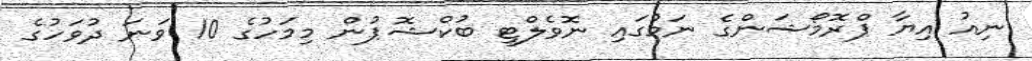
ނިއު އިޔާ ޕްރޮމޯޝަންގެ ނަމުގައި ނޮވެލްޓީ ބުކްޝޮޕުން މިމަހުގެ 10 ވަނަ ދުވަހުގެ